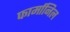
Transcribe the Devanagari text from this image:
फार्मानिल